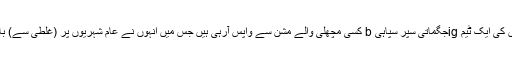
جیسے ہی کوئی پچھتاوا نہیں کھلتا ہے ، تین سائلینسروں کی ایک ٹیم igجگماتی سپر سپاہی b کسی مچھلی والے مشن سے واپس آرہی ہیں جس میں انہوں نے عام شہریوں پر (غلطی سے) باغی ہونے کا انکشاف کرنے کے حکم کی نافرمانی کی۔